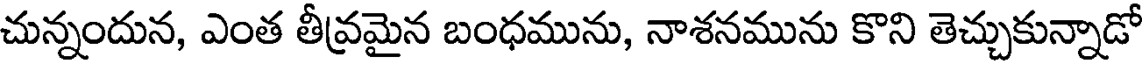
చున్నందున, ఎంత తీవ్రమైన బంధమును, నాశనమును కొని తెచ్చుకున్నాడో